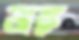
অঙ্ক